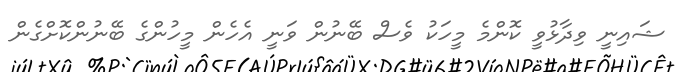
ޝައިނީ ވިދާޅުވީ ކޮންމެ މީހަކު ވެސް ބޭނުން ވަނީ އެހެން މީހުންގެ ބޭނުންކޮށްގެން